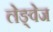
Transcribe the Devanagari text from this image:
लेङ्वेज